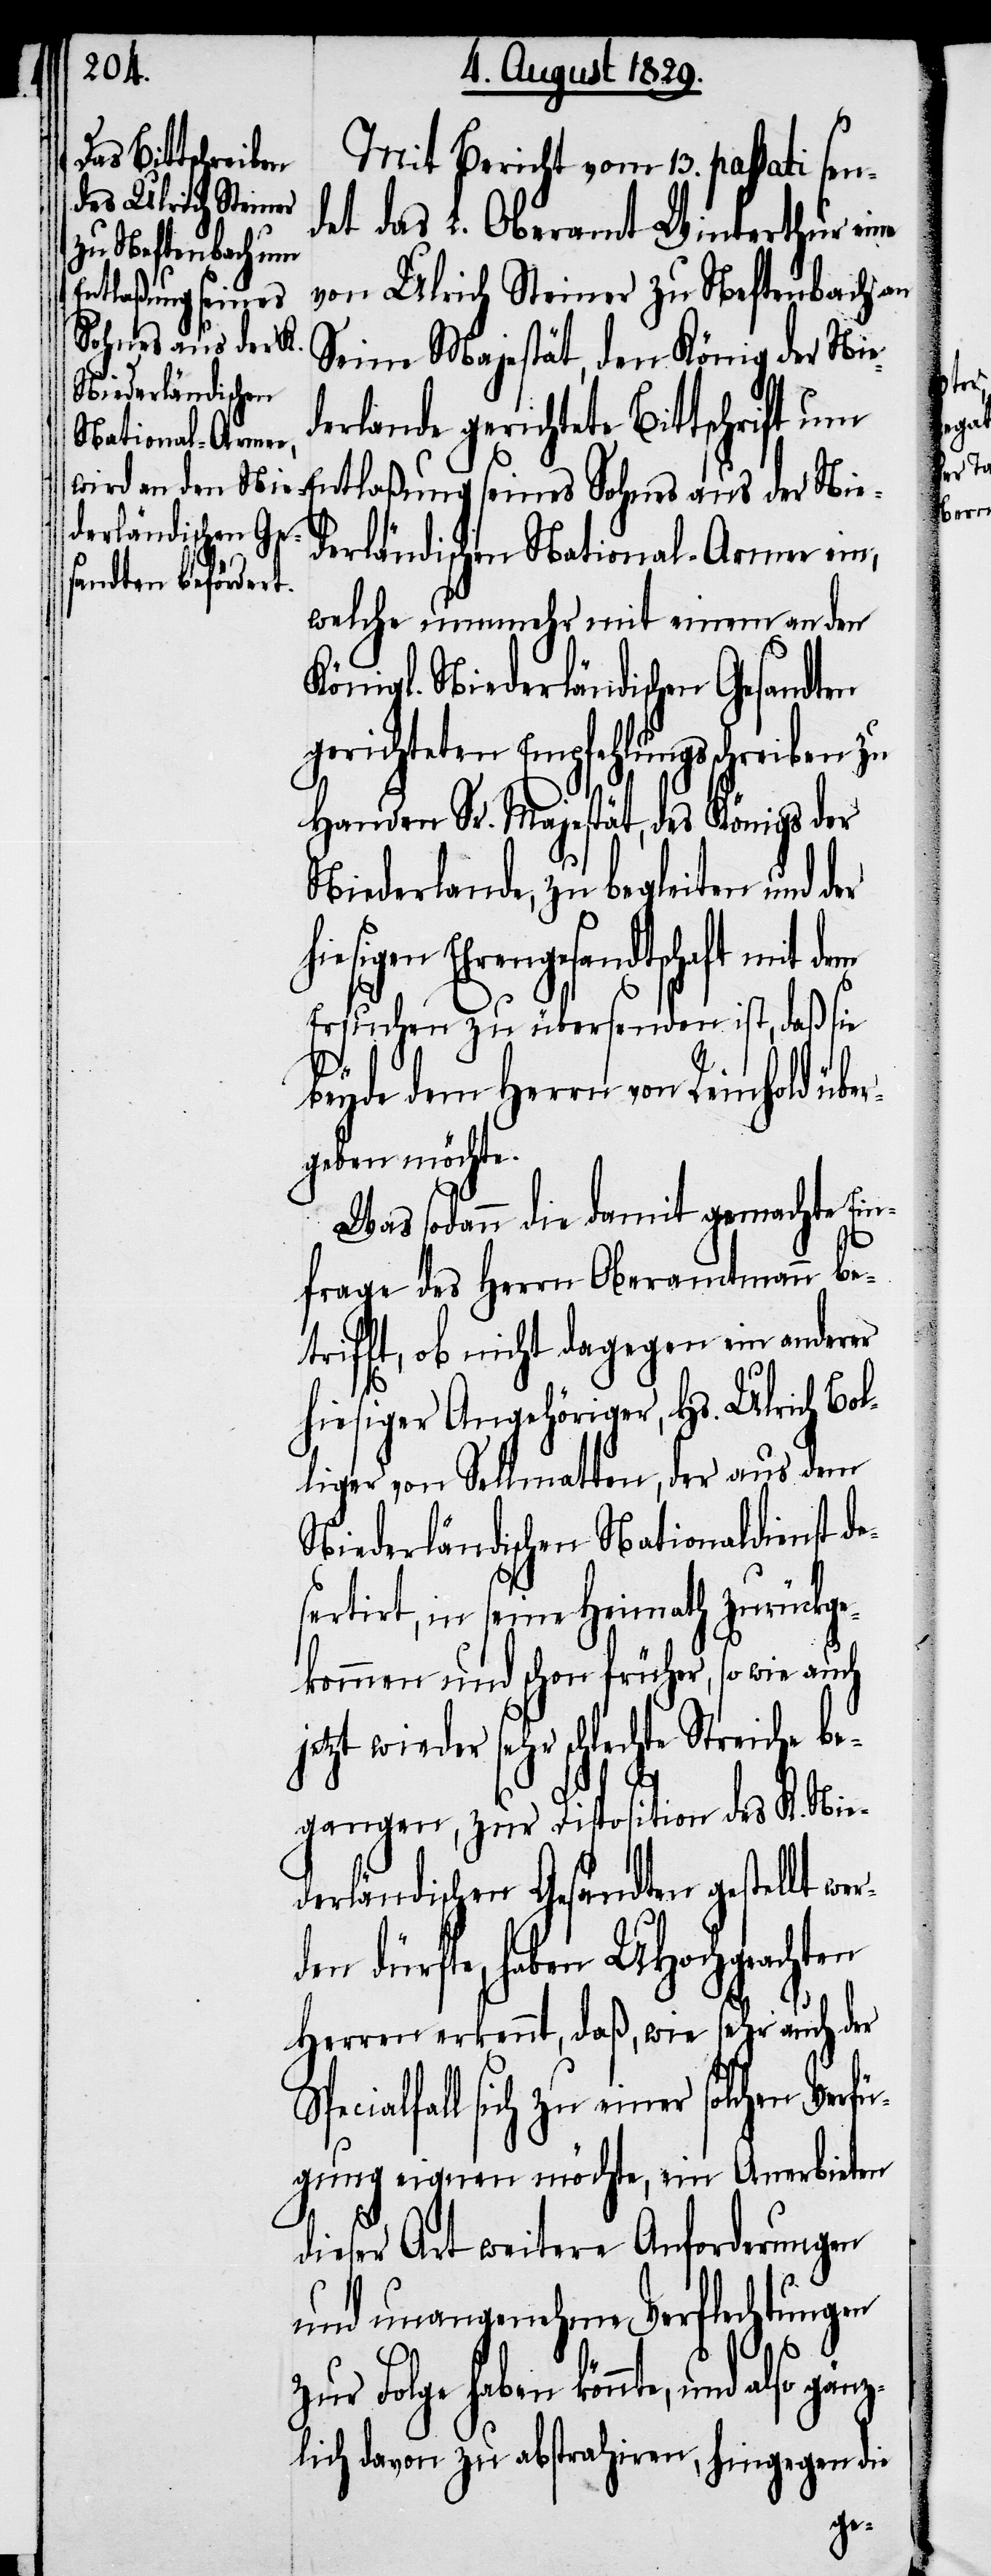
Mit Bericht vom 13. passati sen¬
det das L. Oberamt Winterthur eine
von Ulrich Steiner zu Neftenbach an
Seine Majestät, den König der Nied¬
erlande gerichtete Bittschrift um
Entlaßung seines Sohnes aus der Nie¬
derländischen National-Armee ein,
welche nunmehr mit einem an den
Königl. Niederländischen Gesandten
gerichteten Empfehlungsschreiben zu
Handen Sr. Majestät, des Königs der
Niederlande, zu begleiten und der
sigen Ehrengesandtschaft mit
Ersuchen zu übersenden ist, daß sie
beyde dem Herrn von Reinhold übe¬
rgeben möchte.
Was sodann die damit gemachte Ein¬
frage des Herrn Oberamtmann be¬
trifft, ob nicht dagegen ein anderer
hiesiger Angehöriger, Hs. Ulrich Bol¬
liger von Sellmatten, der aus dem
Niederländischen Nationaldienst de¬
sertirt, in seine Heimath zurückge¬
kommen und schon früher, so wie auch
jetzt wieder sehr schlechte Streiche be¬
gangen, zur Disposition des K. Nie¬
derländischen Gesandten gestellt wer¬
den dürfte, haben UHochgeachten
Herren erkennt, daß, wie sehr auch der
pecialfall sich zu einer solchen Verf¬
ügung eignen möchte, ein Anerbieten
dieser Art weitere Anforderungen
und unangenehme Verflechtungen
zur Folge haben könnte, und also gänz¬
lich davon zu abstrahiren, hingegeben die

S¬